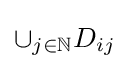
\cup _{j\in \mathbb {N} }D_{ij}